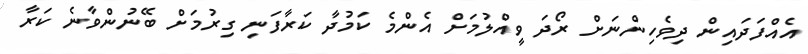
އެއްފަދައިން ދިވެހިންނަށް ރޯދަ ވީއްލުމަށް އެންމެ ކަމުދާ ކަރާފަނި ގިރުމަށް ބޭނުންވާނެ ކަރާ